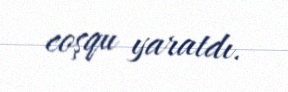
coşqu yaratdı.